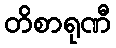
တိစာရုဏီ